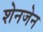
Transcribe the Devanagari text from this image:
शेनजेन